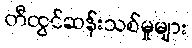
တီထွင်ဆန်းသစ်မှုများ